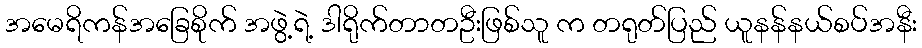
အမေရိကန်အခြေစိုက် အဖွဲ့ရဲ့ ဒါရိုက်တာတဦးဖြစ်သူ က တရုတ်ပြည် ယူနန်နယ်စပ်အနီး